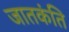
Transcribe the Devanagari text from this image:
जातकंति